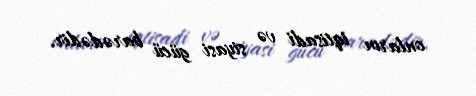
onların iqtisadi və siyasi gücü barədədir.